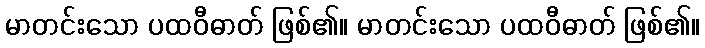
မာတင်းသော ပထဝီဓာတ် ဖြစ်၏။ မာတင်းသော ပထဝီဓာတ် ဖြစ်၏။